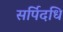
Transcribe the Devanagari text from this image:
सर्पिदधि